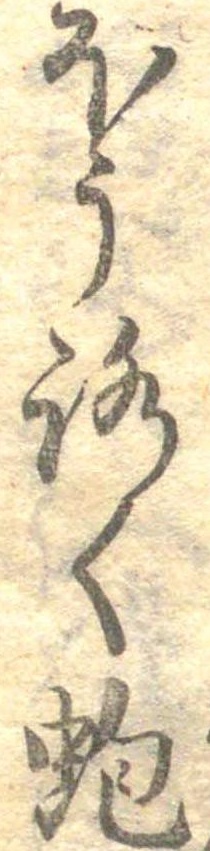
ほうろく蚫